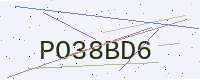
Text: PO38BD6